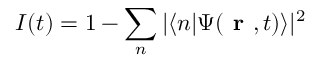
I ( t ) = 1 - \sum _ { n } | \langle n | \Psi ( \textbf { r } , t ) \rangle | ^ { 2 }